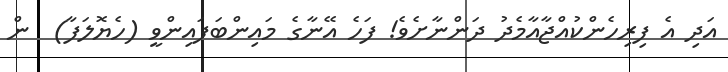
އަދި އެ ފިރިހެންކުއްޖާއާމެދު ދަންނާށެވެ! ފަހެ އޭނާގެ މައިންބަފައިންވީ (ހެޔޮލަފާ)  ން